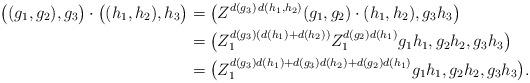
LaTeX: \begin{align*}\bigl( (g_1,g_2 ),g_3 \bigr) \cdot \bigl( (h_1,h_2),h_3 \bigr) & =\bigl(Z^{d(g_3) \, d(h_1,h_2)} (g_1,g_2)\cdot(h_1,h_2), g_3 h_3 \bigr)\\& = \bigl( Z_1^{ d(g_3) (d(h_1) + d(h_2))} Z_1^{d(g_2)d(h_1)} g_1 h_1, g_2 h_2,g_3 h_3 \bigr)\\& = \bigl( Z_1^{ d(g_3) d(h_1) + d(g_3) d(h_2) + d(g_2)d(h_1)} g_1 h_1, g_2 h_2,g_3 h_3 \bigr).\end{align*}